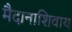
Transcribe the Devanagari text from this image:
मैदानाशिवाय